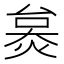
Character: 𤊜